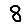
Digit: 8